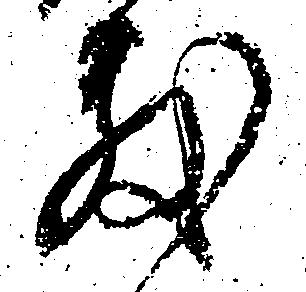
敷